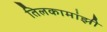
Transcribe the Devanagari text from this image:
तिलकामांझी